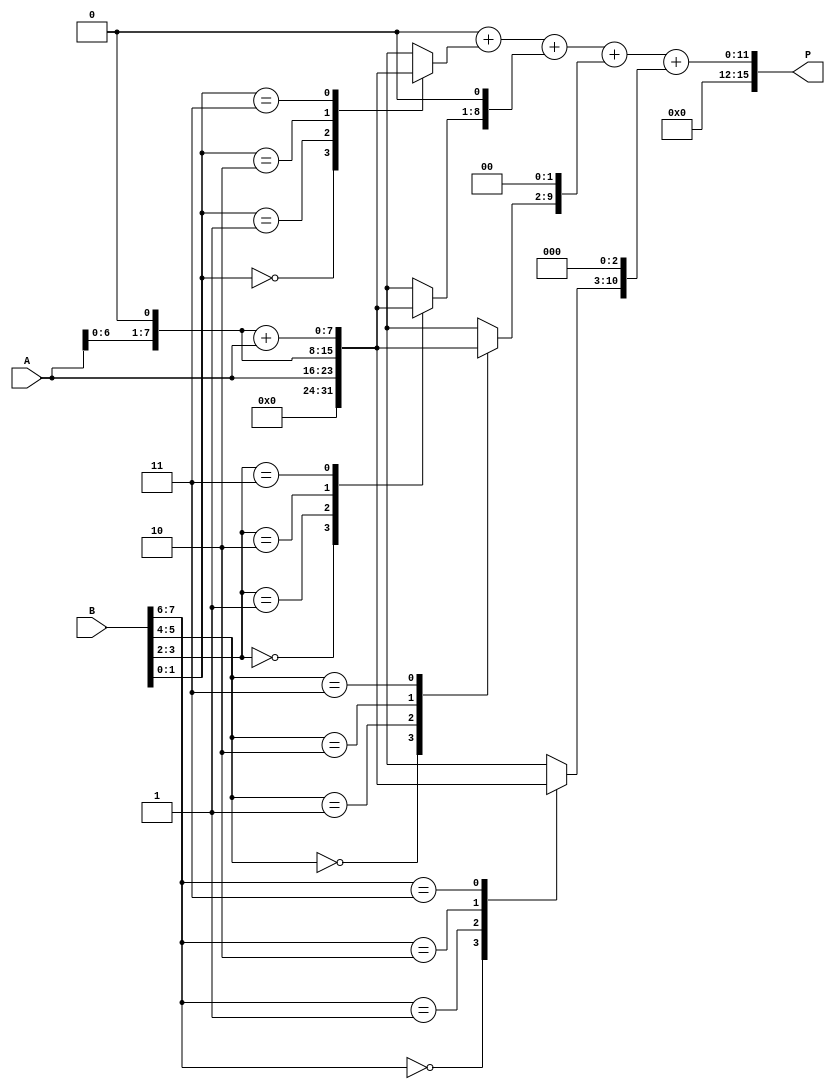
module radix4_multiplier #(parameter N = 8) (
    input  [N-1:0] A,      // Multiplicand
    input  [N-1:0] B,      // Multiplier
    output reg [2*N-1:0] P // Product
);

    // Internal signals
    reg [N-1:0] partial_products [0:N/2]; // Array for partial products
    reg [2*N-1:0] sum; // Accumulator for final sum
    integer i;

    always @(*) begin
        // Initialize partial products to zero
        for (i = 0; i < N/2; i = i + 1) begin
            partial_products[i] = 0;
        end

        // Generate partial products based on Booth's algorithm
        for (i = 0; i < N/2; i = i + 1) begin
            case (B[2*i +: 2]) // Select 2 bits at a time from B
                2'b00: partial_products[i] = 0;
                2'b01: partial_products[i] = A;
                2'b10: partial_products[i] = A << 1; // A shifted left by 1
                2'b11: partial_products[i] = (A << 1) + A; // (A << 1) + A
                default: partial_products[i] = 0;
            endcase
        end

        // Initialize the product to zero
        P = 0;
        
        // Accumulate the partial products
        for (i = 0; i < N/2; i = i + 1) begin
            P = P + (partial_products[i] << (i * 1)); // Shift partial products accordingly
        end
    end

endmodule